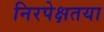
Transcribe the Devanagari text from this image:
निरपेक्षतया